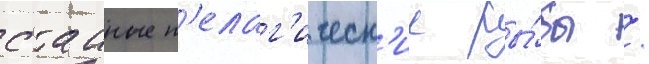
стаиные п'елаг'ическ'ие ры́бы /